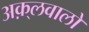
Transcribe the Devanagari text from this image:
अक़्लवालों